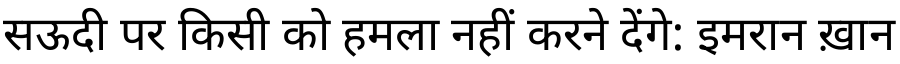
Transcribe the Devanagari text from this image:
सऊदी पर किसी को हमला नहीं करने देंगे: इमरान ख़ान